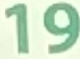
19